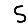
Digit: 5